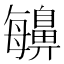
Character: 𪖬